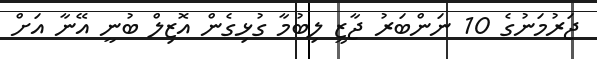
ޖަރުމަނުގެ 10 ނަންބަރު ޖާޒީ ލިބުމާ ގުޅިގެން އޮޒިލް ބުނީ އޭނާ އަށް